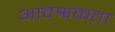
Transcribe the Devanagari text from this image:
आवश्वकता